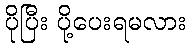
ပိုပြီး ပို့ပေးရမလား